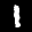
Label: 1